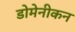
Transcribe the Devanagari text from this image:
डोमेनीकन